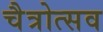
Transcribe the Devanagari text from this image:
चैत्रोत्सव